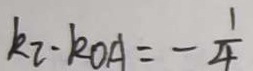
k _ { 2 } \cdot k _ { O A } = - \frac { 1 } { 4 }